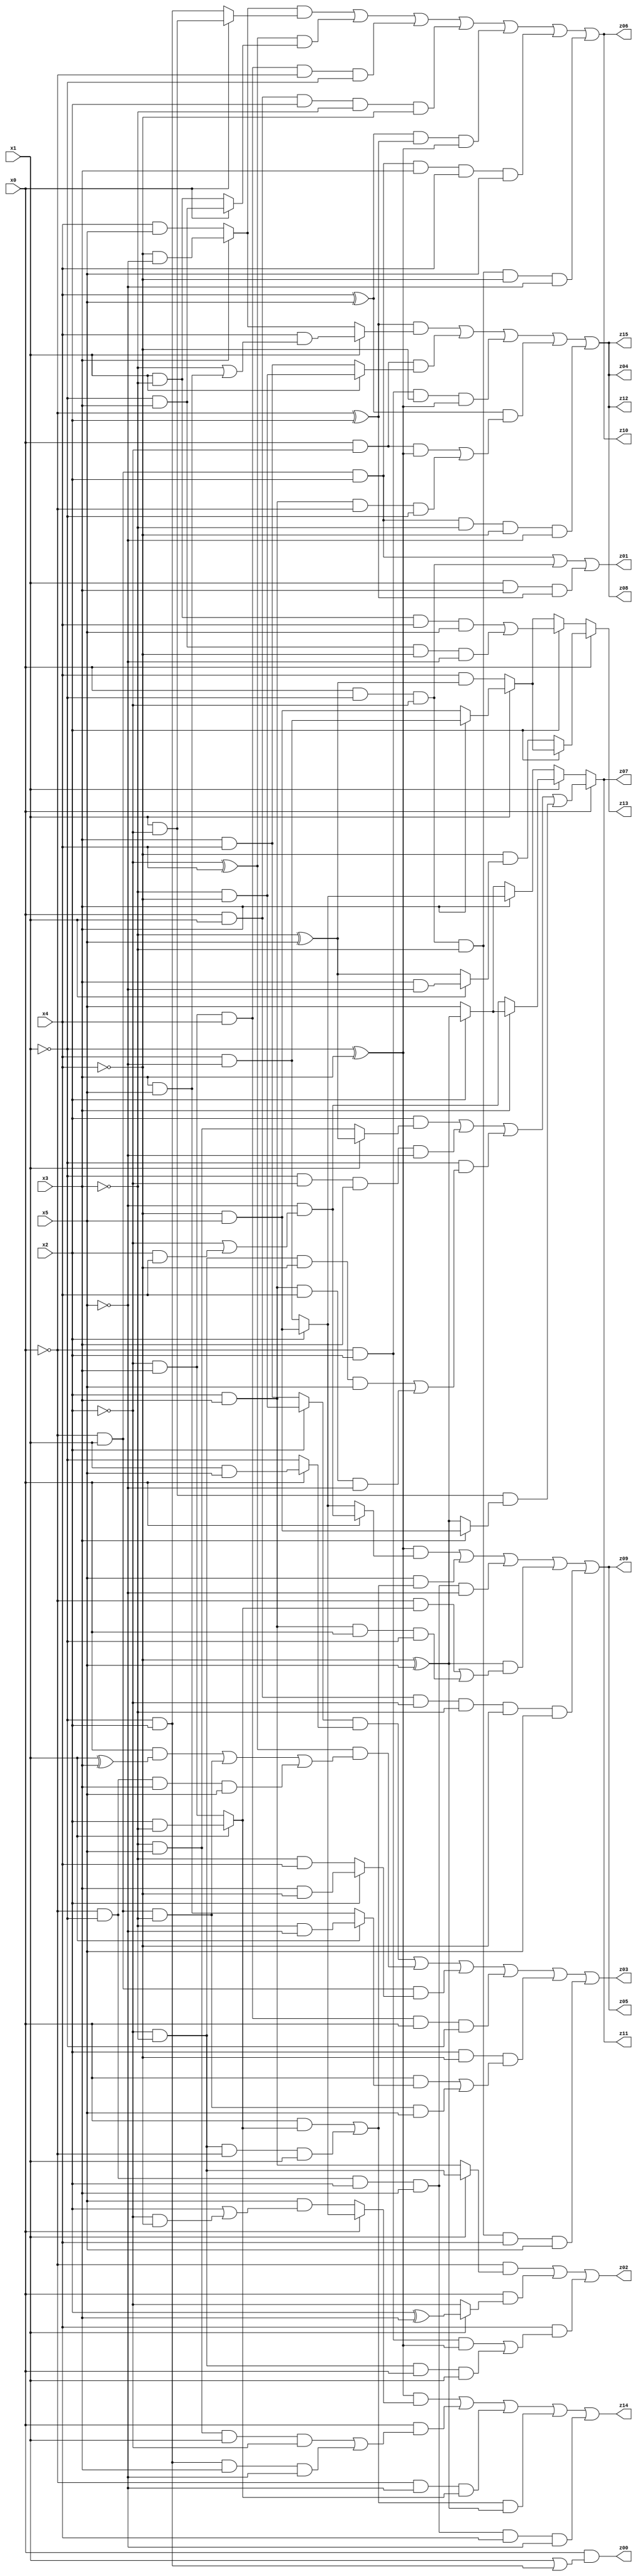
// Benchmark "q_2" written by ABC on Mon Jul 10 22:59:21 2023

module q_2 ( 
    x0, x1, x2, x3, x4, x5,
    z00, z01, z02, z03, z04, z05, z06, z07, z08, z09, z10, z11, z12, z13,
    z14, z15  );
  input  x0, x1, x2, x3, x4, x5;
  output z00, z01, z02, z03, z04, z05, z06, z07, z08, z09, z10, z11, z12, z13,
    z14, z15;
  assign z00 = x0 & (x1 | (~x1 & x2));
  assign z01 = (~x0 & x1 & x2) | (x0 & ~x1 & ~x2) | (x1 & x3 & (~x0 ^ x2));
  assign z02 = (~x0 & (x1 ? (~x2 & ~x3) : (x2 & x3))) | (x0 & (x1 ? (x2 ^ x3) : ~x2)) | (x4 & ((~x0 & x2 & (~x1 ^ x3)) | (~x2 & ~x3 & x0 & x1)));
  assign z03 = ((x2 ? (~x3 & ~x4) : (x3 & x4)) & (x0 ? (x1 & x5) : ~x1)) | ((~x2 ^ x4) & ((x0 & (x1 ^ x3)) | (~x0 & x1 & ~x3) | (~x0 & ~x1 & x3 & x5))) | (~x0 & x1 & (x2 ? (x3 & ~x4) : (~x3 & x4))) | (~x2 & x3 & x4 & x0 & ~x1) | (x2 & ~x4 & ((x0 & (x1 ? (~x3 & ~x5) : (x3 & x5))) | (~x0 & x1 & ~x3 & x5))) | (x0 & ~x1 & ~x2 & ~x3 & x4 & x5);
  assign z04 = ((~x0 ^ x2) & (x1 ? (x4 & (~x3 | (x3 & x5))) : (x3 ? (~x4 & ~x5) : (x4 & x5)))) | (x0 & ~x2 & (x1 ? (~x3 & ~x4) : (x3 & x4))) | (~x0 & x2 & ~x4 & (~x1 ^ x3)) | ((x4 ^ x5) & ((x0 & ~x2 & (~x1 ^ x3)) | (x2 & x3 & ~x0 & ~x1))) | (~x0 & x1 & x2 & ~x3 & ~x4 & ~x5);
  assign z05 = ((~x1 ^ x3) & (x0 ? (~x5 & (~x2 | (x2 & x4))) : (x2 ? (~x4 & x5) : (x4 & ~x5)))) | (x5 & ((x0 & (x1 ? (x2 & ~x3) : (~x2 & x3))) | (~x2 & ~x3 & ~x0 & x1))) | (~x0 & ~x1 & x2 & x3 & ~x5) | ((~x4 ^ x5) & ((~x0 & (x1 ? (x2 & ~x3) : (~x2 & x3))) | (x2 & x3 & x0 & ~x1))) | (x0 & x1 & ~x2 & ~x3 & ~x4 & x5);
  assign z06 = ((x3 ? (~x4 & ~x5) : (x4 & x5)) & (x0 ? (x1 & ~x2) : (~x1 & x2))) | ((~x2 ^ x4) & (x0 ? (~x1 & x3) : (x1 & ~x3))) | (~x2 & x3 & x4 & ~x0 & ~x1) | (x0 & x1 & x2 & ~x3 & ~x4) | ((x4 ^ x5) & (~x0 ^ x2) & (~x1 ^ x3)) | (~x0 & x1 & x2 & x3 & x4 & x5) | (x0 & ~x1 & ~x2 & ~x3 & ~x4 & ~x5);
  assign z07 = x0 ? ((x2 & (x1 ? (~x3 ^ x5) : (~x3 & x5))) | (~x1 & ~x2 & x3 & ~x5) | (~x1 & ((~x2 & ~x3 & ~x4 & x5) | (x2 & x3 & x4 & ~x5))) | (x1 & ~x2 & (x3 ? (~x4 & x5) : (~x4 ^ x5)))) : (x1 ? (x3 ? (x2 ? (~x4 ^ x5) : x5) : (~x5 & (~x2 | (x2 & x4)))) : (x3 ? (x2 ? (~x4 & x5) : (x4 & ~x5)) : (x2 ? (~x4 ^ x5) : x5)));
  assign z08 = ((~x0 ^ x2) & (x1 ? (x4 & (~x3 | (x3 & x5))) : (x3 ? (~x4 & ~x5) : (x4 & x5)))) | (x0 & ~x2 & (x1 ? (~x3 & ~x4) : (x3 & x4))) | (~x0 & x2 & ~x4 & (~x1 ^ x3)) | ((x4 ^ x5) & ((x0 & ~x2 & (~x1 ^ x3)) | (x2 & x3 & ~x0 & ~x1))) | (~x0 & x1 & x2 & ~x3 & ~x4 & ~x5);
  assign z09 = ((~x1 ^ x3) & (x0 ? (~x5 & (~x2 | (x2 & x4))) : (x2 ? (~x4 & x5) : (x4 & ~x5)))) | (x5 & ((x0 & (x1 ? (x2 & ~x3) : (~x2 & x3))) | (~x2 & ~x3 & ~x0 & x1))) | (~x0 & ~x1 & x2 & x3 & ~x5) | ((~x4 ^ x5) & ((~x0 & (x1 ? (x2 & ~x3) : (~x2 & x3))) | (x2 & x3 & x0 & ~x1))) | (x0 & x1 & ~x2 & ~x3 & ~x4 & x5);
  assign z10 = ((x3 ? (~x4 & ~x5) : (x4 & x5)) & (x0 ? (x1 & ~x2) : (~x1 & x2))) | ((~x2 ^ x4) & (x0 ? (~x1 & x3) : (x1 & ~x3))) | (~x2 & x3 & x4 & ~x0 & ~x1) | (x0 & x1 & x2 & ~x3 & ~x4) | ((x4 ^ x5) & (~x0 ^ x2) & (~x1 ^ x3)) | (~x0 & x1 & x2 & x3 & x4 & x5) | (x0 & ~x1 & ~x2 & ~x3 & ~x4 & ~x5);
  assign z11 = x0 ? ((x2 & (x1 ? (~x3 ^ x5) : (~x3 & x5))) | (~x1 & ~x2 & x3 & ~x5) | (~x1 & ((~x2 & ~x3 & ~x4 & x5) | (x2 & x3 & x4 & ~x5))) | (x1 & ~x2 & (x3 ? (~x4 & x5) : (~x4 ^ x5)))) : (x1 ? (x3 ? (x2 ? (~x4 ^ x5) : x5) : (~x5 & (~x2 | (x2 & x4)))) : (x3 ? (x2 ? (~x4 & x5) : (x4 & ~x5)) : (x2 ? (~x4 ^ x5) : x5)));
  assign z12 = ((~x0 ^ x2) & (x1 ? (x4 & (~x3 | (x3 & x5))) : (x3 ? (~x4 & ~x5) : (x4 & x5)))) | (x0 & ~x2 & (x1 ? (~x3 & ~x4) : (x3 & x4))) | (~x0 & x2 & ~x4 & (~x1 ^ x3)) | ((x4 ^ x5) & ((x0 & ~x2 & (~x1 ^ x3)) | (x2 & x3 & ~x0 & ~x1))) | (~x0 & x1 & x2 & ~x3 & ~x4 & ~x5);
  assign z13 = x0 ? (x2 ? (x1 ? (x3 ? (x4 & ~x5) : (~x4 & x5)) : (x4 & (~x3 ^ x5))) : (~x4 & (x1 ? (x3 & ~x5) : (~x3 ^ x5)))) : (x2 ? ((x1 & ~x3 & x4 & x5) | (~x1 & x3 & ~x4 & ~x5)) : (x1 ? (x3 ? (x4 & ~x5) : (~x4 & x5)) : (x4 & (~x3 ^ x5))));
  assign z14 = ((~x1 ^ x3) & (x0 ? (x2 ? (~x4 & x5) : (x4 & ~x5)) : (x5 & (x2 | (~x2 & ~x4))))) | (x0 & ((~x3 & x5 & x1 & ~x2) | (~x1 & x2 & x3 & ~x5))) | (~x0 & ~x5 & (x1 ? (x2 & ~x3) : (~x2 & x3))) | (((x0 & (x1 ? (x2 & ~x3) : (~x2 & x3))) | (~x2 & ~x3 & ~x0 & x1)) & (~x4 ^ x5)) | (~x0 & ~x1 & x2 & x3 & x4 & ~x5);
  assign z15 = ((~x0 ^ x2) & (x1 ? (x4 & (~x3 | (x3 & x5))) : (x3 ? (~x4 & ~x5) : (x4 & x5)))) | (x0 & ~x2 & (x1 ? (~x3 & ~x4) : (x3 & x4))) | (~x0 & x2 & ~x4 & (~x1 ^ x3)) | ((x4 ^ x5) & ((x0 & ~x2 & (~x1 ^ x3)) | (x2 & x3 & ~x0 & ~x1))) | (~x0 & x1 & x2 & ~x3 & ~x4 & ~x5);
endmodule